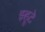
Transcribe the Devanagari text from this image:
झ्हूटे